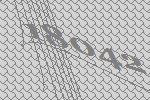
18042